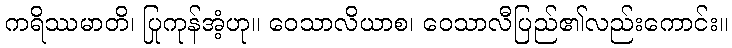
ကရိဿမာတိ၊ ပြုကုန်အံ့ဟု။ ဝေသာလိယာစ၊ ဝေသာလီပြည်၏လည်းကောင်း။